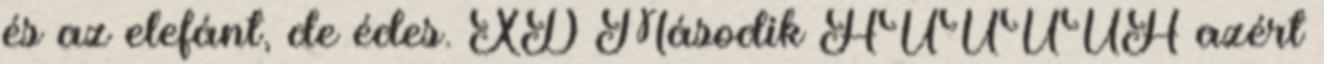
és az elefánt, de édes. XD Második HUUUUH azért